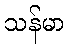
သန်မာ